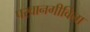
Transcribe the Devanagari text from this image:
परवानगीविना